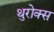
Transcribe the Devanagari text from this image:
थुरोक्स